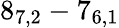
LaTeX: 8_{7,2}-7_{6,1}